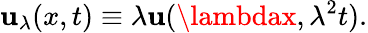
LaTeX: \mathbf{u}_{\lambda}(x,t)\equiv\lambda\mathbf{u}(\lambdax,\lambda^{2}t).